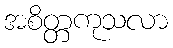
အစိတ္တကုသလာ